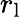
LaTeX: r_{\mathrm{l}}